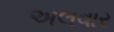
અલવાર